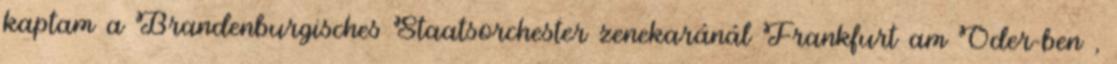
kaptam a Brandenburgisches Staatsorchester zenekaránál Frankfurt am Oder-ben ,